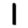
Digit: 1